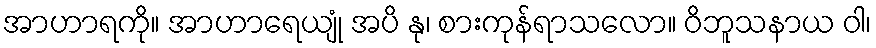
အာဟာရကို။ အာဟာရေယျုံ အပိ နု၊ စားကုန်ရာသလော။ ဝိဘူသနာယ ဝါ၊